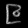
Digit: ၉